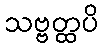
သဗ္ဗတ္ထပိ